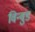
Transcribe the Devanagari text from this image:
विन्वुड